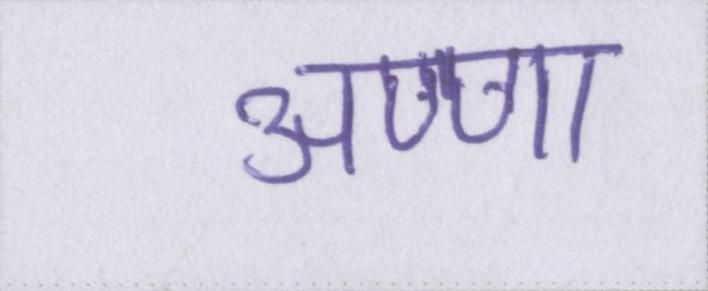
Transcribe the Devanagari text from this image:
अण्णा